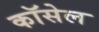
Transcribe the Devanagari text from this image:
कॉसेल